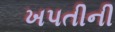
ખપતીની